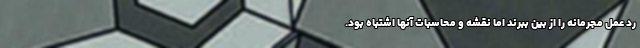
رد عمل مجرمانه را از بین ببرند اما نقشه و محاسبات آنها اشتباه بود.